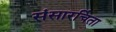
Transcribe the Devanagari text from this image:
संसारचिंता